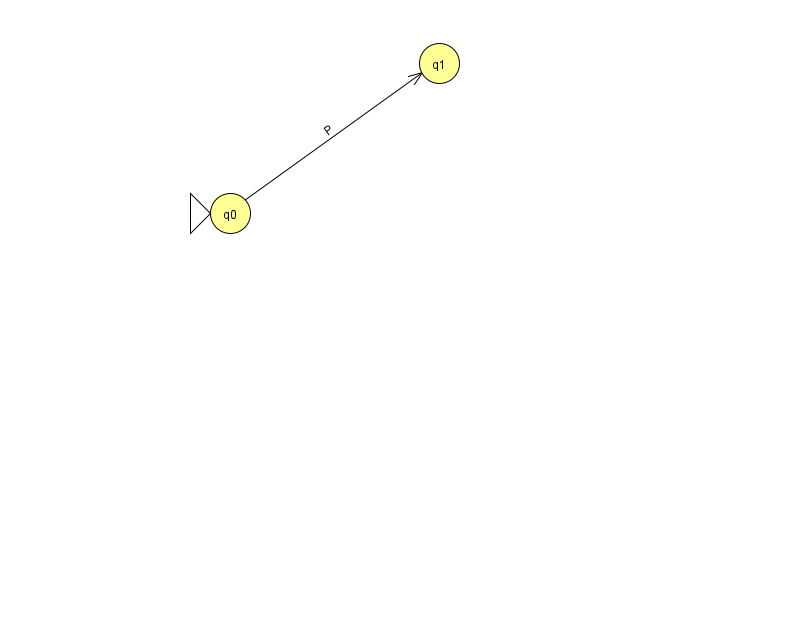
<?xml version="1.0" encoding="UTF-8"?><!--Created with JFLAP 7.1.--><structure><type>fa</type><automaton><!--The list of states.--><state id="0" name="q0"><x>230.0</x><y>200.0</y><initial/></state><state id="1" name="q1"><x>439.0</x><y>50.0</y></state><!--The list of transitions.--><transition><from>0</from><to>1</to><read>P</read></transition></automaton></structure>